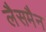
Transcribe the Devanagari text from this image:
लैसमैन